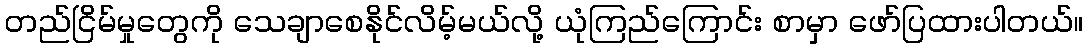
တည်ငြိမ်မှုတွေကို သေချာစေနိုင်လိမ့်မယ်လို့ ယုံကြည်ကြောင်း စာမှာ ဖော်ပြထားပါတယ်။